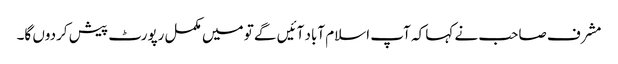
مشرف صاحب نے کہا کہ آپ اسلام آباد آئیں گے تو میں مکمل رپورٹ پیش کردوں گا۔